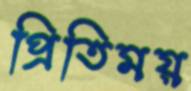
প্রিতিময়